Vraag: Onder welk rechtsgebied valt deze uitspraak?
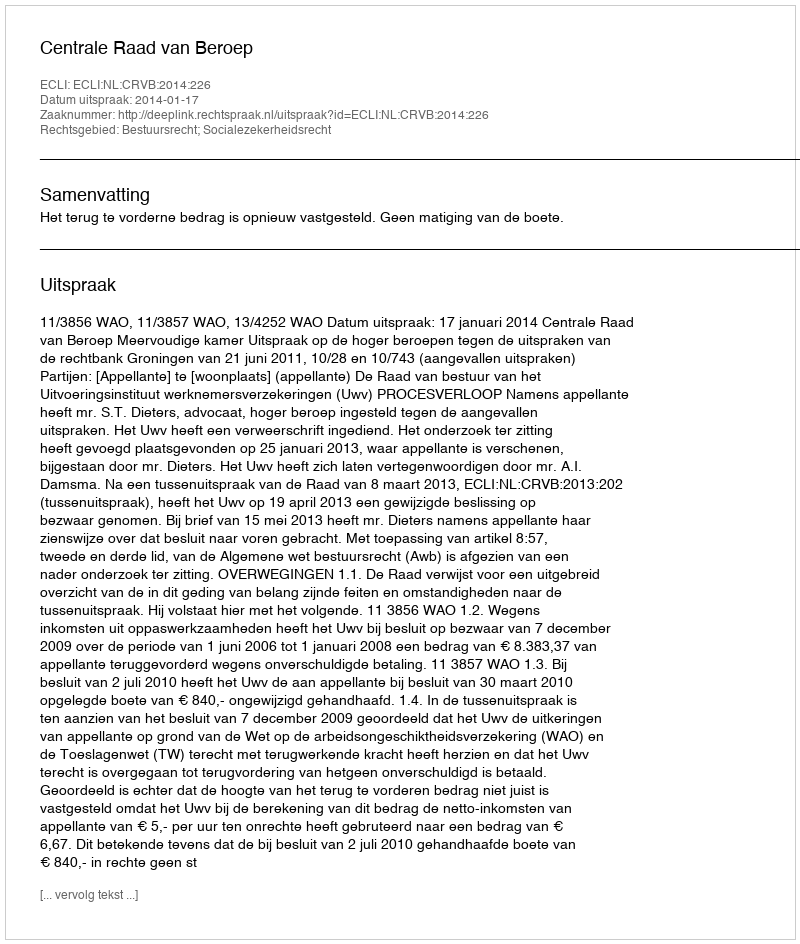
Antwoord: Bestuursrecht; Socialezekerheidsrecht